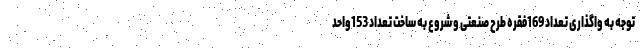
توجه به واگذاری تعداد 169فقره طرح صنعتی و شروع به ساخت تعداد 153واحد